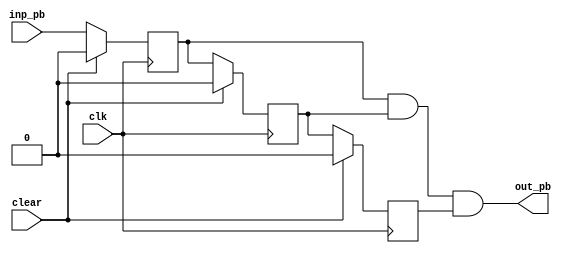
`timescale 1ns / 1ps
//////////////////////////////////////////////////////////////////////////////////
// Company: 
// Engineer: 
// 
// Design Name: 
// Module Name: debounce_no_pulse
// Project Name: 
// Target Devices: 
// Tool Versions: 
// Description: 
// 
// Dependencies: 
// 
// Revision:
// Revision 0.01 - File Created
// Additional Comments:
// 
//////////////////////////////////////////////////////////////////////////////////


module debounce_no_pulse(input clk, input clear, input inp_pb, output out_pb);

reg q1, q2, q3;
always @(posedge clk)
begin
    if (clear == 1)
    begin
        q1 <= 0;
        q2 <= 0;
        q3 <= 0;
    end
    else
    begin
        q1 <= inp_pb;
        q2 <= q1;
        q3 <= q2;
    end
end
assign out_pb = q1 & q2 & q3;

endmodule